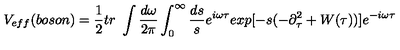
V _ { e f f } ( b o s o n ) = \frac { 1 } { 2 } t r \ \int \frac { d \omega } { 2 \pi } \int _ { 0 } ^ { \infty } \frac { d s } { s } e ^ { i \omega \tau } e x p [ - s ( - \partial _ { \tau } ^ { 2 } + W ( \tau ) ) ] e ^ { - i \omega \tau } \,